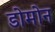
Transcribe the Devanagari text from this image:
डोमोन